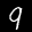
Label: 9